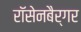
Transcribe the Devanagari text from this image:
रॉसेनबैर्गर